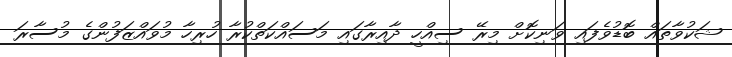
ޝަކުވާތައް ބޮޑުވެފައި ވަނިކޮށް މިރޭ ސިއްހީ ދާއިރާގައި މަސައްކަތްކުރާ ހުރިހާ މުވައްޒަފުންގެ މުސާރަ